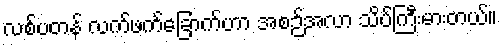
လစ်ပတန် လက်ဖက်ခြောက်ဟာ အစဉ်အလာ သိပ်ကြီးမားတယ်။